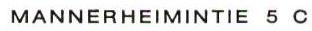
MANNERHEIMINTIE 5 C